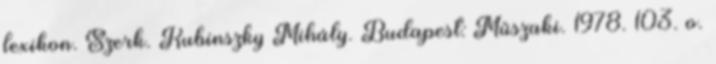
lexikon. Szerk. Kubinszky Mihály. Budapest: Műszaki. 1978. 103. o.